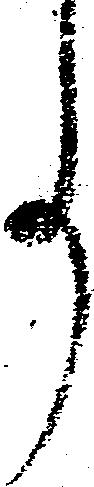
事